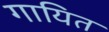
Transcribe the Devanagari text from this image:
गायित